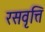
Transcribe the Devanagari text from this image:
रसवृत्ति